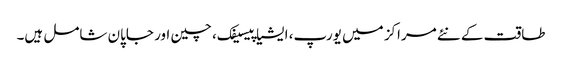
طاقت کے نئے مراکز میں یورپ، ایشیا پیسیفک، چین اور جاپان شامل ہیں۔